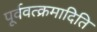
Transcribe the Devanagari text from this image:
पूर्ववत्क्रमादिति